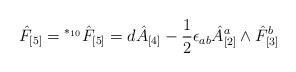
LaTeX: \begin{align*}\hat F_{[5]} = {}^{*_{10}} \hat F_{[5]} = d\hat A_{[4]} - \frac12\epsilon_{ab} \hat A^a_{[2]} \wedge \hat F_{[3]}^b\end{align*}